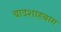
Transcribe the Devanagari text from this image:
बादशाहबाग